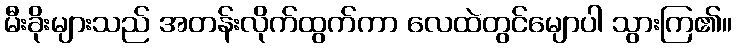
မီးခိုးများသည် အတန်းလိုက်ထွက်ကာ လေထဲတွင်မျောပါ သွားကြ၏။